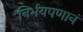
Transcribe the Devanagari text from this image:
निर्भयपणानं